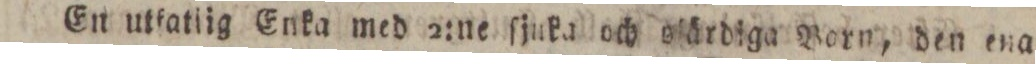
En utfatlig Enka med 2:ne ſjuka och olärdiga Born, den ena